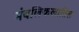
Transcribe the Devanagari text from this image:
मंबलिकलातिल